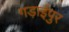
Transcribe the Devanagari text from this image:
गड़ाईपुर